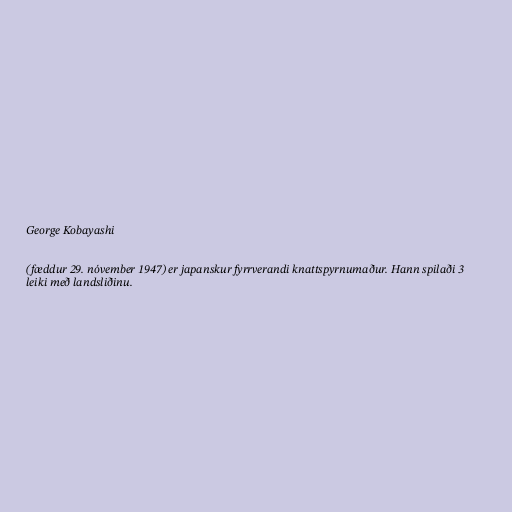
George Kobayashi

(fæddur 29. nóvember 1947) er japanskur fyrrverandi knattspyrnumaður. Hann spilaði 3
leiki með landsliðinu.